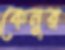
কেনুর